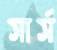
সার্স